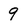
Character: 9